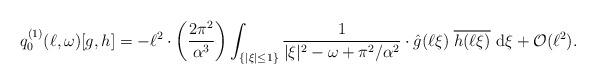
LaTeX: \begin{align*}q_0^{(1)}(\ell,\omega) [g,h] &= - \ell^2 \cdot \left(\frac{2\pi^2}{\alpha^3}\right) \int_{\{ |\xi| \le 1\}} \frac{1}{|\xi|^2- \omega +\pi^2/\alpha^2} \cdot \hat g(\ell \xi) \; \overline{h(\ell \xi)} \ \mathrm{d} \xi + \mathcal O(\ell^2) .\end{align*}